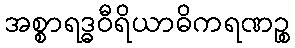
အစ္စာရဒ္ဓဝီရိယာဓိကရဏဉ္စ